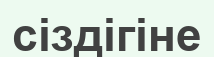
сіздігіне